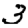
Digit: 3